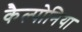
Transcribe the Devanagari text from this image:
कैल्पोनिया